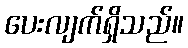
ပေးလျက်ရှိသည်။